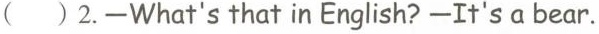
( )2.-What's that in English? -It's a bear.